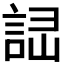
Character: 𧧱